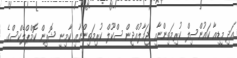
އަދި މީޑިއާ ކައުންސިލް ކުރިމަތިންނާއި ޖަމާލުއްދީން ސްކޫލް ކުރިމަތިންނާއި ކާމިނީ ޝޮޕިން ކޮމްޕްލެކްސްގެ